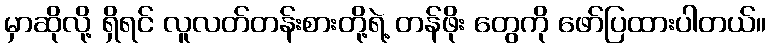
မှာဆိုလို့ ရှိရင် လူလတ်တန်းစားတို့ရဲ့ တန်ဖိုး တွေကို ဖော်ပြထားပါတယ်။